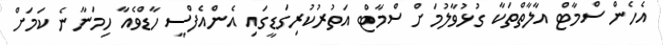
އެހެން ސްމާޓް އާލާތްތަކާ ގުޅުވާލުމަށް ސްމާޓް އަތުރުކުރިގަޑީގައި އެންއެފްސީ ހާޑްވެއާ ހިމަނާނެ ކަމަށް